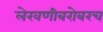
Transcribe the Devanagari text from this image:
लेखणीबरोबरच